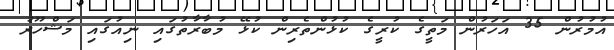
އުމުރުން 35 އަހަރުން މަތީގެ ކުރީގެ ކުޅުންތެރިން ކުޅޭ މުބާރާތުގައި ނިއުގައި މަޝްހޫރު